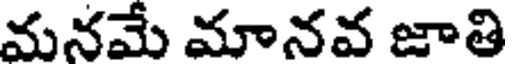
మనమే మానవ జాతి